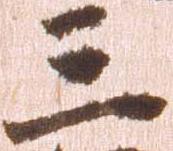
三